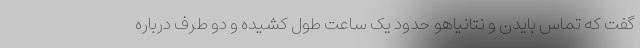
گفت که تماس بایدن و نتانیاهو حدود یک ساعت طول کشیده و دو طرف درباره